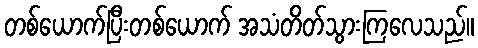
တစ်ယောက်ပြီးတစ်ယောက် အသံတိတ်သွားကြလေသည်။